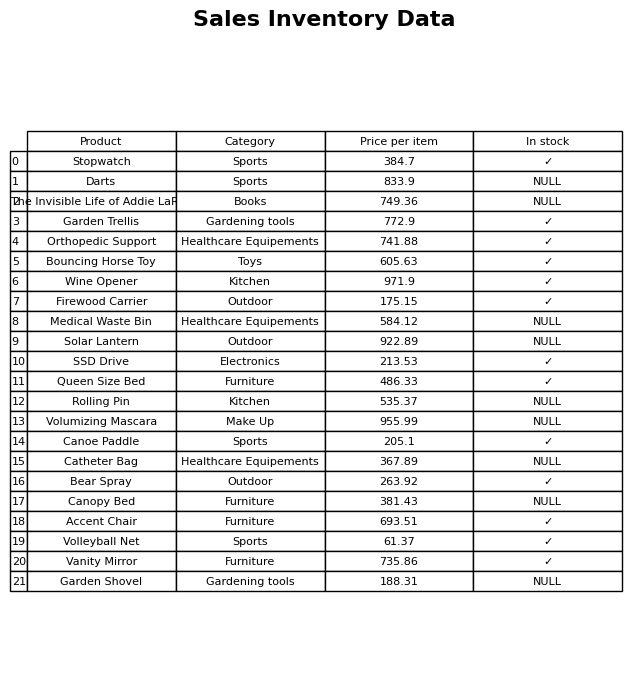
question: Which products are currently out of stock?
answer: Darts, The Invisible Life of Addie LaRue, Medical Waste Bin, Solar Lantern, Rolling Pin, Volumizing Mascara, Catheter Bag, Canopy Bed, Garden Shovel